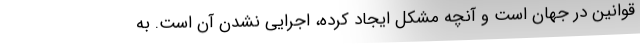
قوانین در جهان است و آنچه مشکل ایجاد کرده، اجرایی نشدن آن است. به